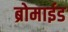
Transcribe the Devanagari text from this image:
ब्रोमाईड